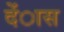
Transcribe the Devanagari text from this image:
देंास